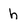
Character: h